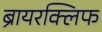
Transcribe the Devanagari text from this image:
ब्रायरक्लिफ